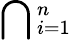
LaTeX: \bigcap{}_{i=1}^{n}